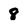
Character: 8